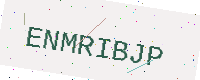
Text: ENMRIBJP